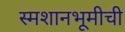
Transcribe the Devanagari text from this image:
स्मशानभूमीची